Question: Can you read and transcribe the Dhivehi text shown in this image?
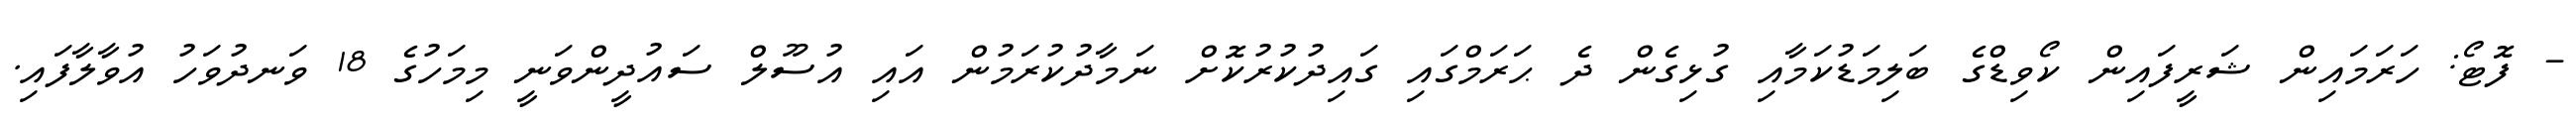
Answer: - ފޮޓޯ: ހަރަމައިން ޝަރީފައިން ކޯވިޑްގެ ބަލިމަޑުކަމާއި ގުޅިގެން ދެ ޙަރަމްގައި ގައިދުކުރުކޮށް ނަމާދުކުރަމުން އައި އުސޫލް ސައުދީންވަނީ މިމަހުގެ 18 ވަނދުވަހު އުވާލާފައި.